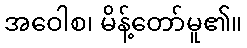
အဝေါစ၊ မိန့်တော်မူ၏။